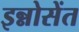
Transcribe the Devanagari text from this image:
इन्नोसेंत